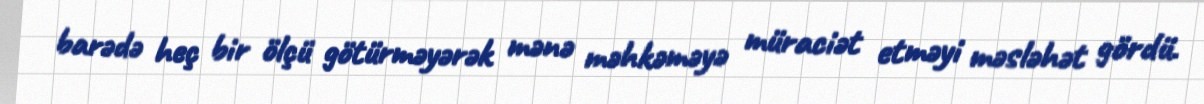
barədə heç bir ölçü götürməyərək mənə məhkəməyə müraciət etməyi məsləhət gördü.